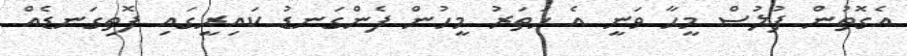
އެގޮތުން ފުލުސް މީހާ ވަނީ އެ ހަތަރު މީހުން ފެންގަނޑު ކައިރީގައި ފޮތިގަނޑެއް